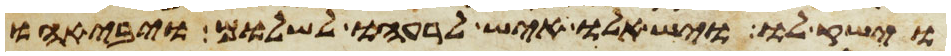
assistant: וישק לו וישאלו איש לרעהו לשלום ויבאהו